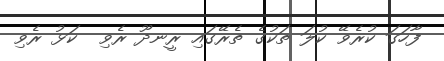
ފާހަގަ ކުރެވޭ ކުލަ ތަކުގެ ތެރޭގައި ރީނދޫ ރެވި  ކަޅު ރެވި